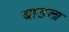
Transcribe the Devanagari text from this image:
बाङला